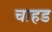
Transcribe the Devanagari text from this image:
चाहड